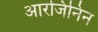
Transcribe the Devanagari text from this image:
आरजिनिन